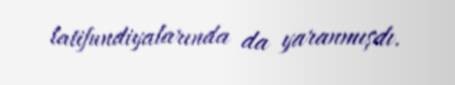
latifundiyalarında da yaranmışdı.